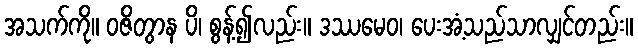
အသက်ကို။ ဝဇိတွာန ပိ၊ စွန့်၍လည်း။ ဒဿမေဝ၊ ပေးအံ့သည်သာလျှင်တည်း။